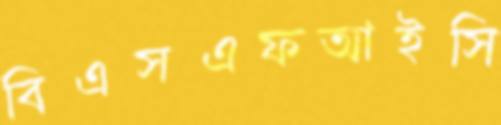
বিএসএফআইসি